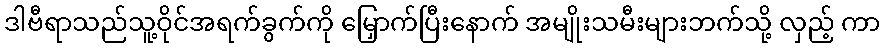
ဒါဗီရာသည်သူ့ဝိုင်အရက်ခွက်ကို မြှောက်ပြီးနောက် အမျိုးသမီးများဘက်သို့ လှည့် ကာ